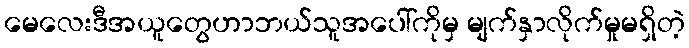
မေလေးဒီအယူတွေဟာဘယ်သူအပေါ်ကိုမှ မျက်နှာလိုက်မှုမရှိတဲ့